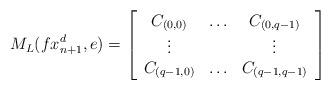
LaTeX: \begin{align*} M_L(fx_{n+1}^d,e) = \left[ \begin{array}{ccc} C_{(0,0)} & \ldots & C_{(0,q-1)} \\ \vdots& & \vdots \\ C_{(q-1,0)} & \ldots & C_{(q-1,q-1)} \\ \end{array} \right]\end{align*}